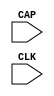
// This program was cloned from: https://github.com/jhshi/openofdm
// License: Apache License 2.0

// $Header: /devl/xcs/repo/env/Databases/CAEInterfaces/verunilibs/data/unisims/CAPTURE_SPARTAN3.v,v 1.7 2007/05/23 21:43:33 patrickp Exp $
///////////////////////////////////////////////////////////////////////////////
// Copyright (c) 1995/2004 Xilinx, Inc.
// All Right Reserved.
///////////////////////////////////////////////////////////////////////////////
//   ____  ____
//  /   /\/   /
// /___/  \  /    Vendor : Xilinx
// \   \   \/     Version : 10.1
//  \   \         Description : Xilinx Functional Simulation Library Component
//  /   /                  Register State Capture for Bitstream Readback for SPARTAN3
// /___/   /\     Filename : CAPTURE_SPARTAN3.v
// \   \  /  \    Timestamp : Thu Mar 25 16:42:15 PST 2004
//  \___\/\___\
//
// Revision:
//    03/23/04 - Initial version.
//    07/23/05 - Added ONESHOT to all CAPUTURE comps; CR # 212645
//    01/19/06 - made ONESHOT false; CR # 220151
//    05/23/07 - Changed timescale to 1 ps / 1 ps.

`timescale  1 ps / 1 ps


module CAPTURE_SPARTAN3 (CAP, CLK);

    input  CAP, CLK;

    parameter ONESHOT = "FALSE";

endmodule